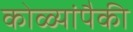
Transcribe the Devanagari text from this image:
कोळ्यांपैकी